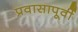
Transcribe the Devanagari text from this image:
प्रवासापूर्वी